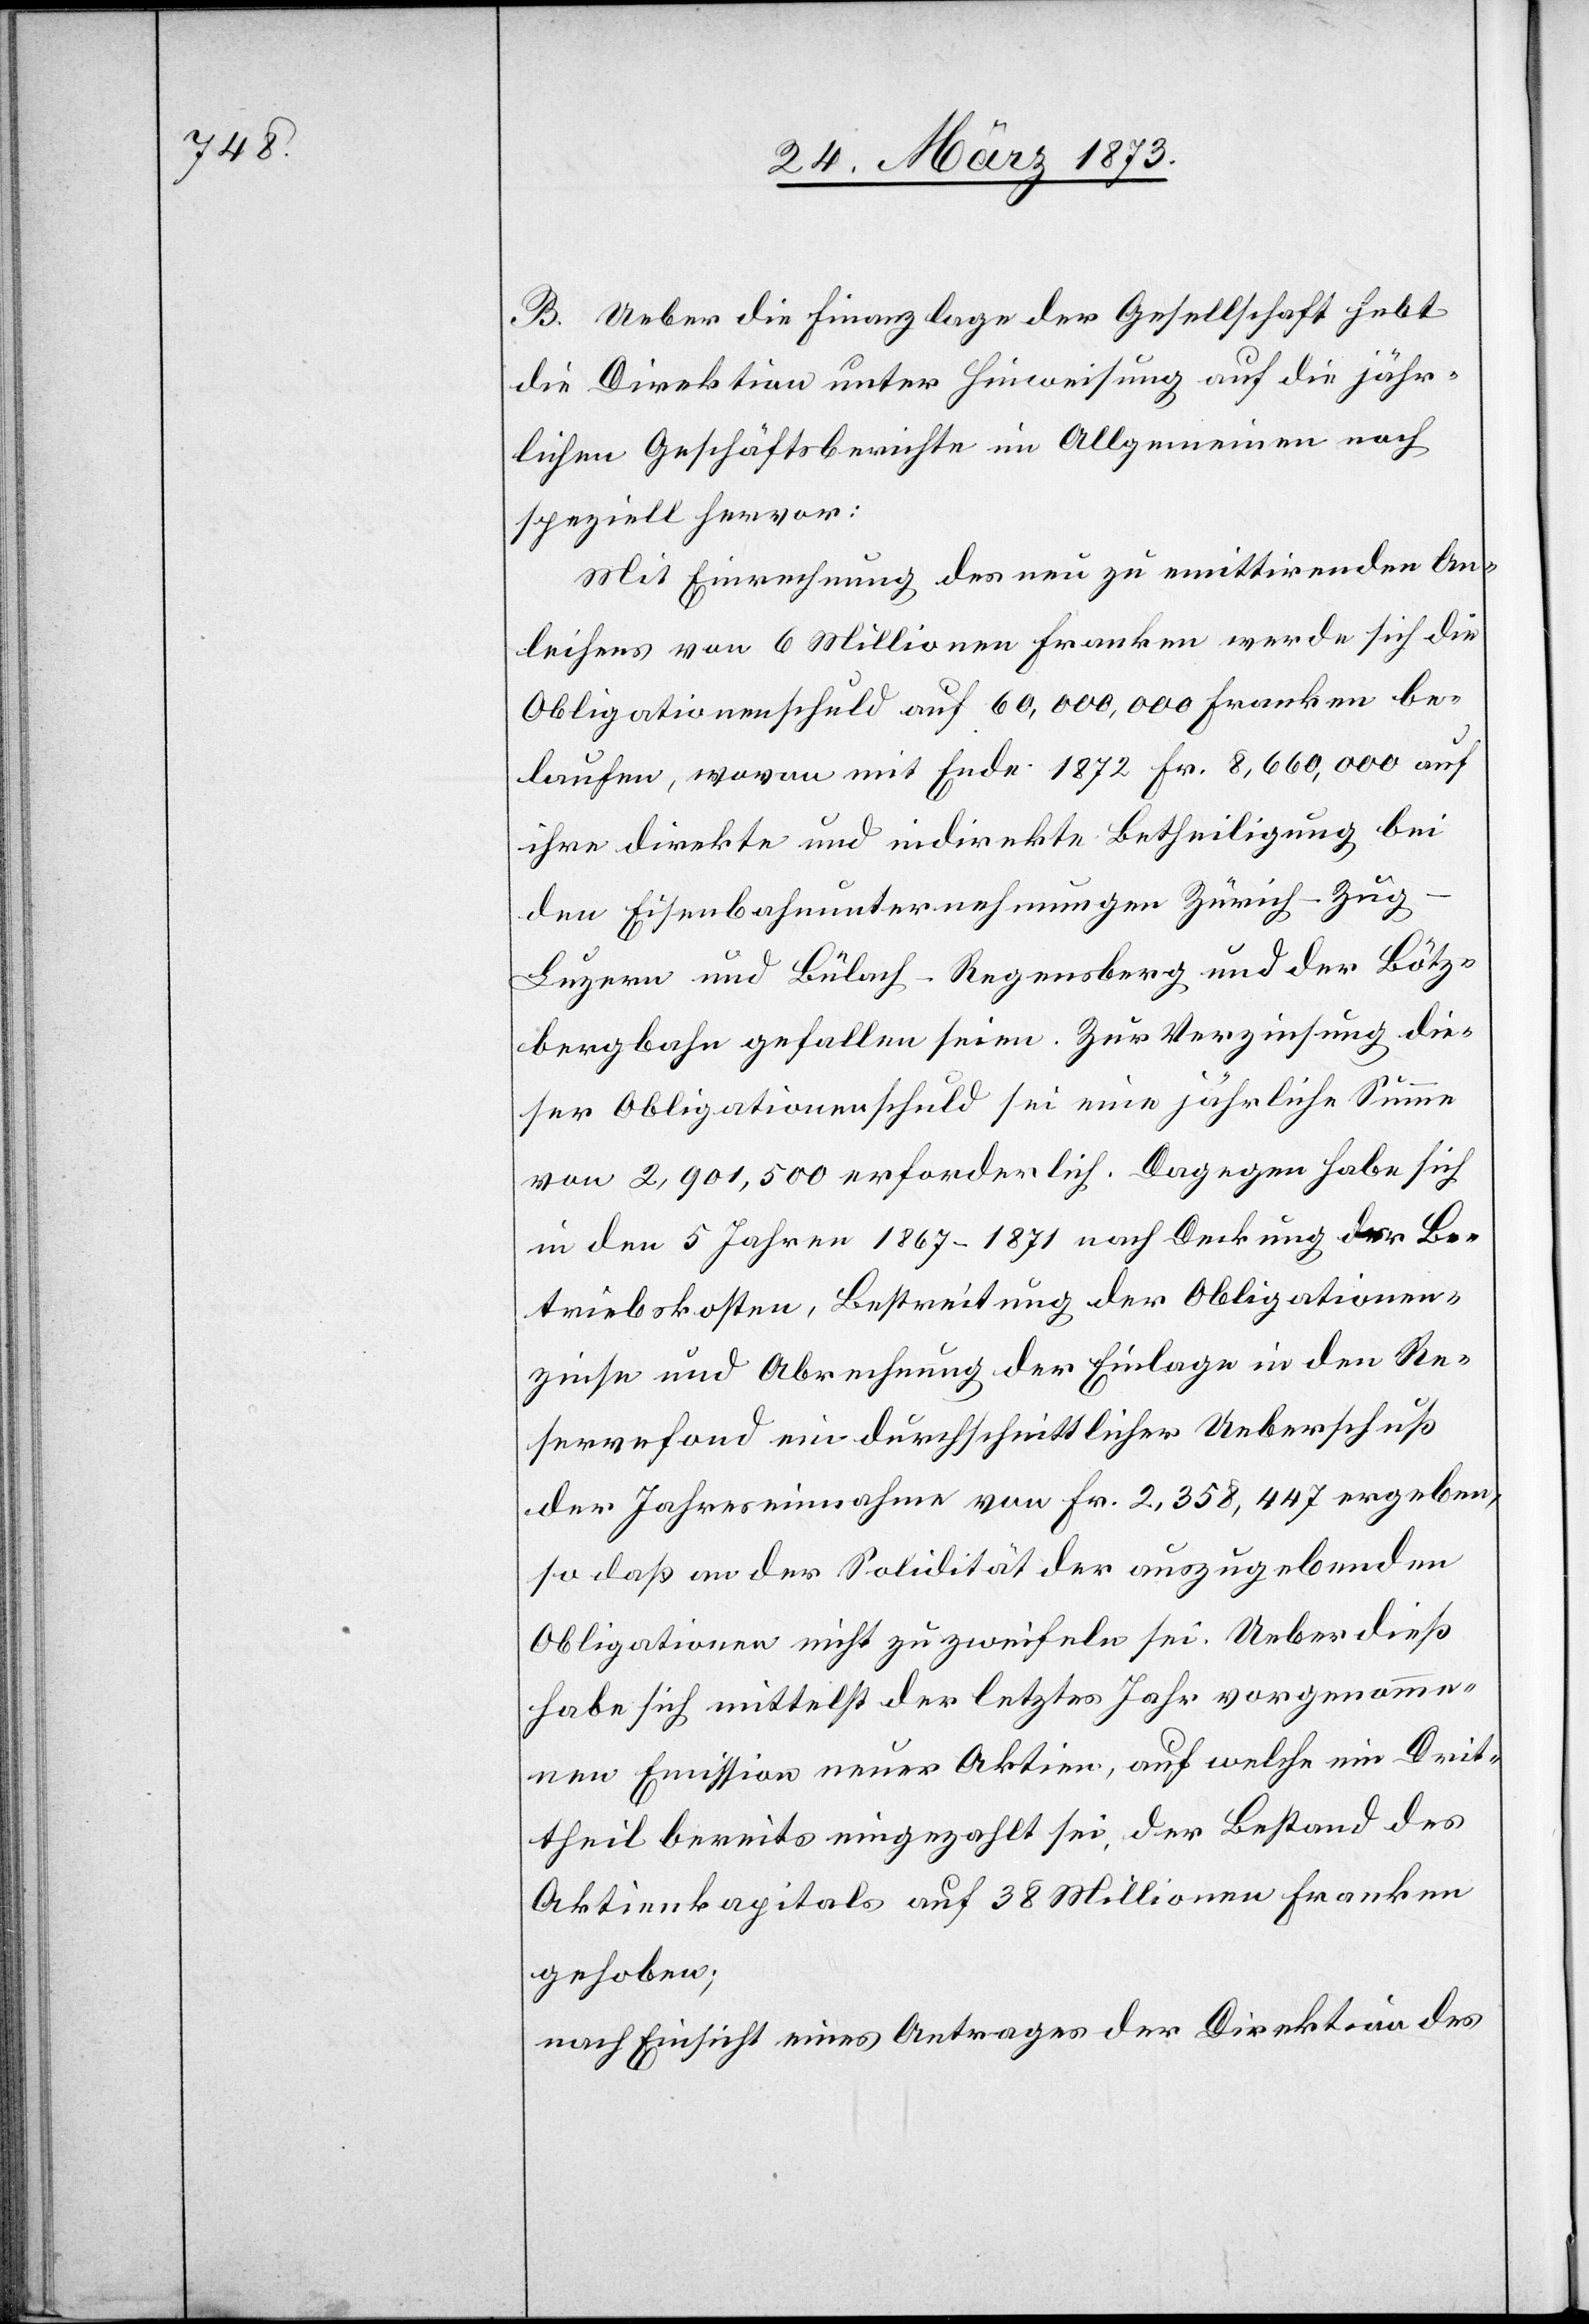
B. Ueber die Finanzlage der Gesellschaft hebt
die Direktion unter Hinweisung auf die jähr¬
lichen Geschäftsberichte im Allgemeinen noch
speziell hervor:
Mit Einrechnung des neu zu emittirenden An¬
leihens von 6 Millionen Franken werde sich die
Obligationenschuld auf 60,000,000 Franken be¬
laufen, wovon mit Ende 1872 Fr. 8,660,000 auf
ihre direkte und indirekte Betheiligung bei
den Eisenbahnunternehmungen Zürich–Zu¬
g–Luzern und Bülach–Regensberg und der Bötz¬
bergbahn gefallen seien. Zur Verzinsung die¬
ser Obligationenschuld sei eine jährliche Summe
von 2,901,500 erforderlich. Dagegen habe sich
in den 5 Jahren 1867–1871 nach Deckung der Be¬
triebskosten, Bestreitung der Obligationen¬
zinse und Abrechnung der Einlage in den Re¬
servefond ein durchschnittlicher Ueberschuß
der Jahreseinnahme von Fr. 2,358,447 ergeben,
so daß an der Solidität der auszugebenden
Obligationen nicht zu zweifeln sei. Ueberdieß
habe sich mittelst der letztes Jahr vorgenomme¬
nen Emission neuer Aktien, auf welche ein Drit¬
theil bereits eingezahlt sei, der Bestand des
Aktienkapitals auf 38 Millionen Franken
gehoben;
nach Einsicht eines Antrages der Direktion des